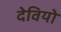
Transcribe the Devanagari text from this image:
देवियो